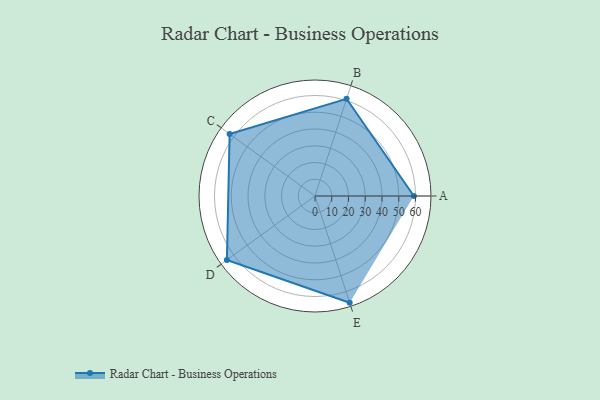
{"axis": {"x": "Skill", "y": "Score"}, "legend": ["Profile"], "data": [{"x": "A", "y": 59.0, "type": "Profile"}, {"x": "B", "y": 61.0, "type": "Profile"}, {"x": "C", "y": 63.0, "type": "Profile"}, {"x": "D", "y": 65.0, "type": "Profile"}, {"x": "E", "y": 67.0, "type": "Profile"}]}